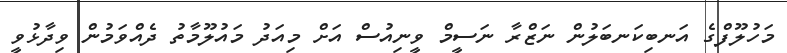
މަހުލޫފްގެ އަނބިކަނބަލުން ނަޒްރާ ނަސީމް ވީނިއުސް އަށް މިއަދު މައުލޫމާތު ދެއްވަމުން ވިދާޅުވީ